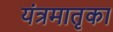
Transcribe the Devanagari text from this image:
यंत्रमातृका